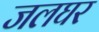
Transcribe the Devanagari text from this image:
जलघर